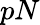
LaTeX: pN